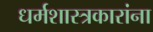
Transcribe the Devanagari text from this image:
धर्मशास्त्रकारांना